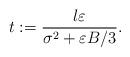
LaTeX: \begin{align*}t := \frac{l \varepsilon}{\sigma^2 + \varepsilon B / 3}.\end{align*}